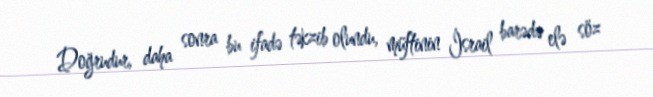
Doğrudur, daha sonra bu ifadə təkzib olundu, müftinin İsrail barədə elə söz